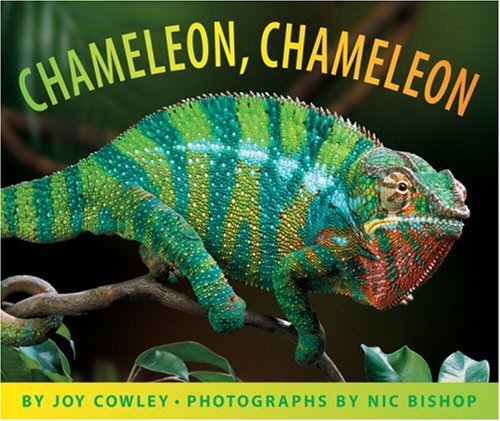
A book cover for Chameleon, Chameleon; Joy Cowley; Children's Books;